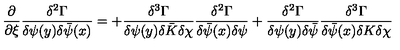
\frac { \partial } { \partial \xi } \frac { \delta ^ { 2 } \Gamma } { \delta \psi ( y ) \delta \bar { \psi } ( x ) } = + \frac { \delta ^ { 3 } \Gamma } { \delta \psi ( y ) \delta \bar { K } \delta \chi } \frac { \delta ^ { 2 } \Gamma } { \delta \bar { \psi } ( x ) \delta \psi } + \frac { \delta ^ { 2 } \Gamma } { \delta \psi ( y ) \delta \bar { \psi } } \frac { \delta ^ { 3 } \Gamma } { \delta \bar { \psi } ( x ) \delta K \delta \chi }